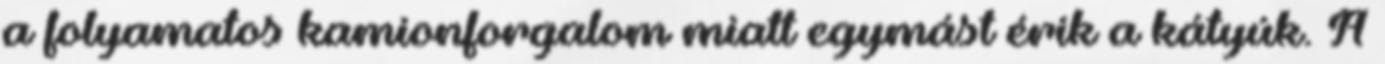
a folyamatos kamionforgalom miatt egymást érik a kátyúk. A